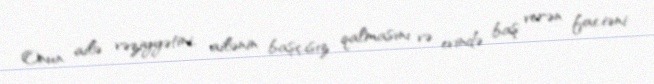
Onun ailə vəziyyətini, ailənin başçısız qalmasını və evində baş verən faciəni